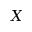
X